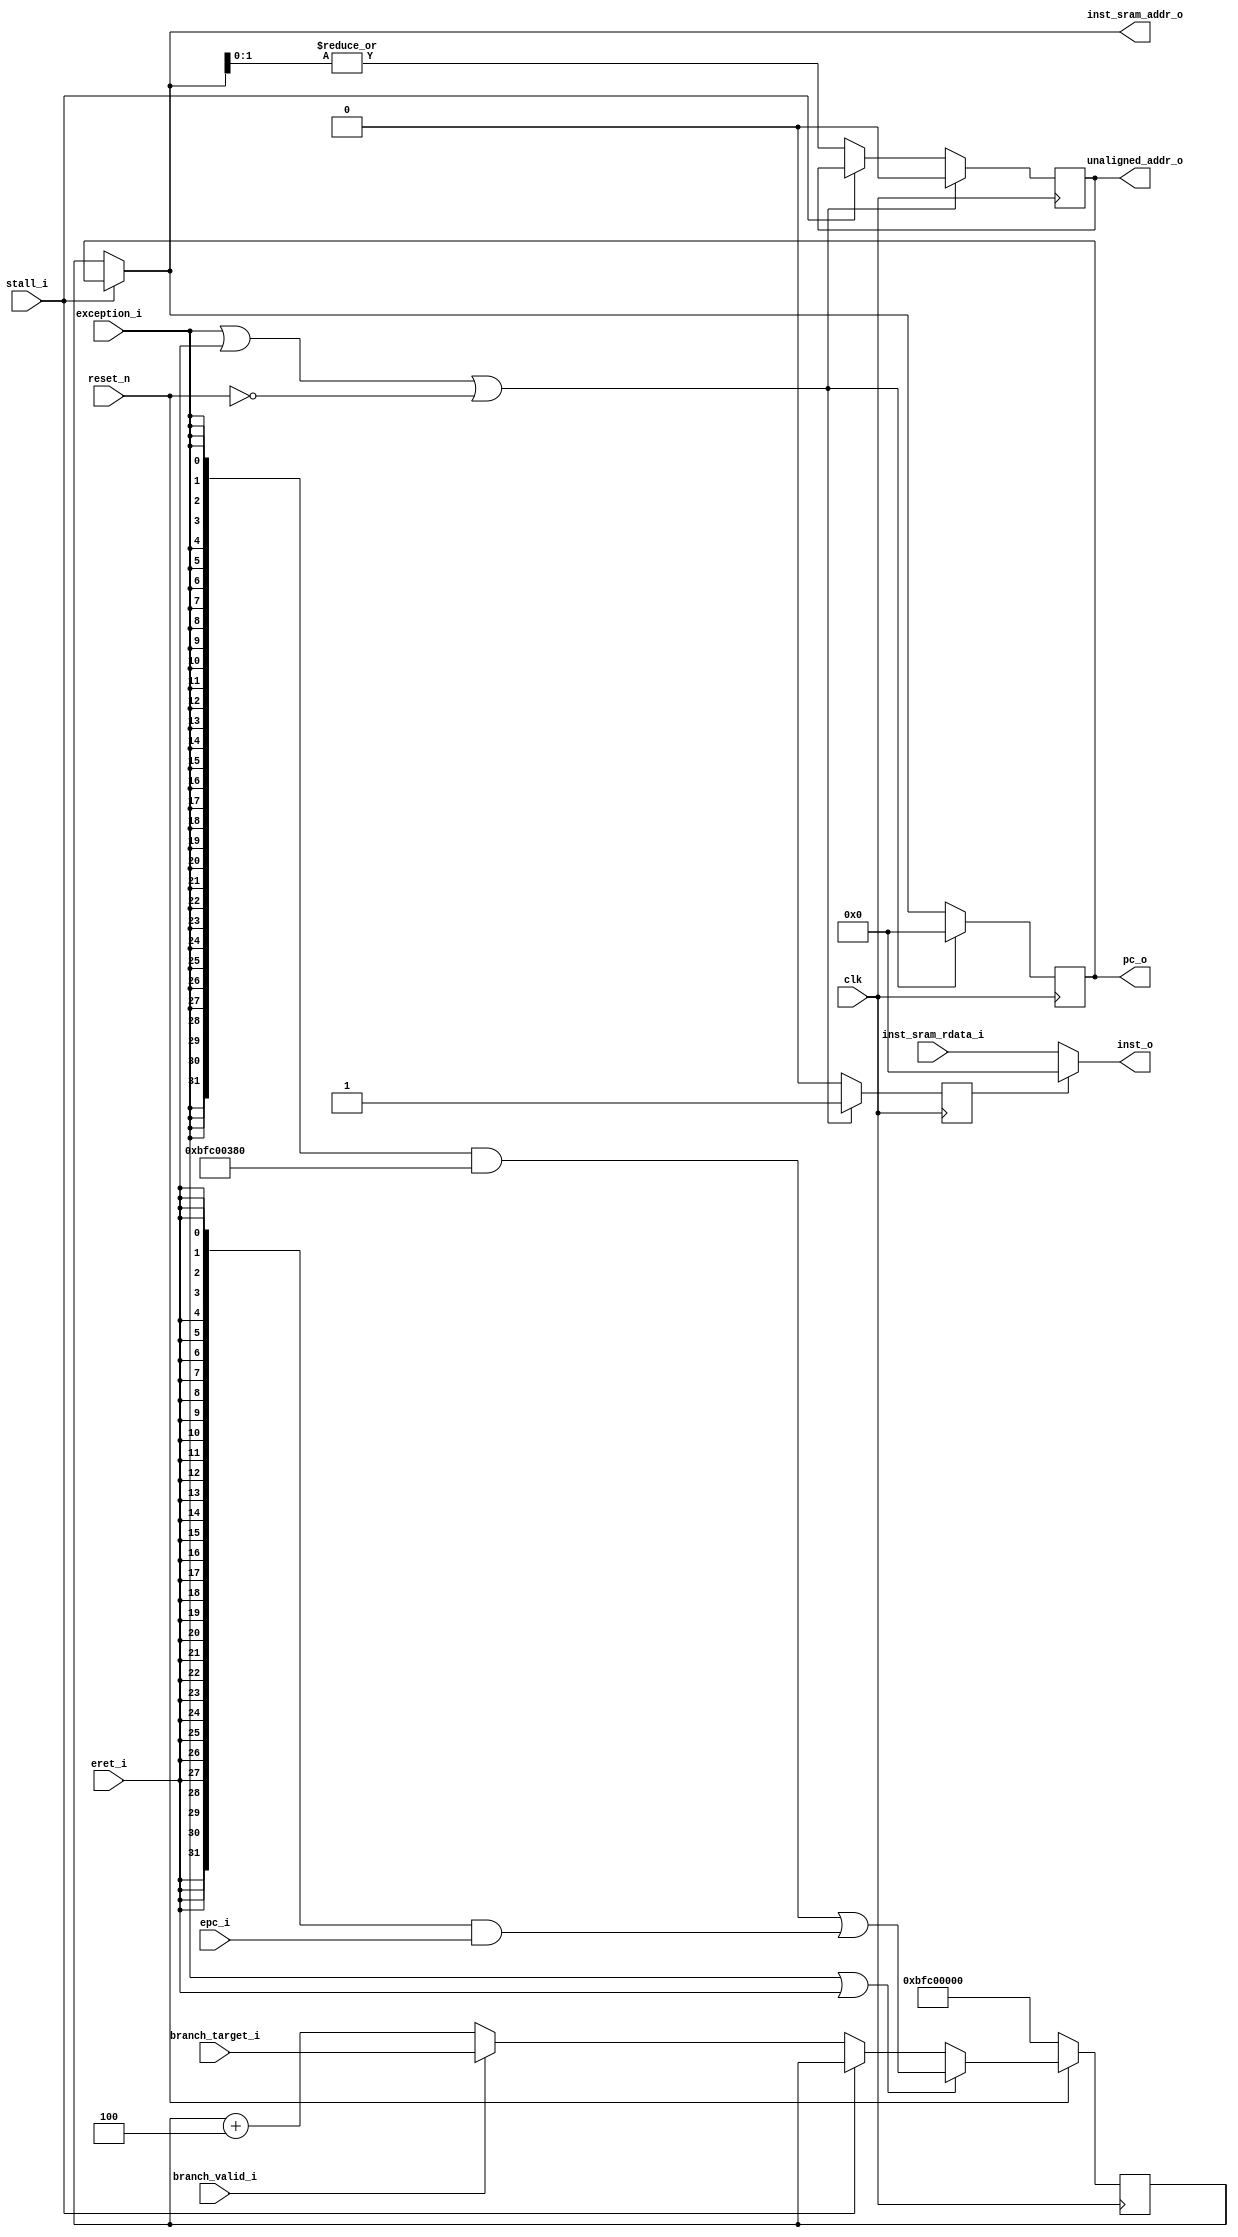
module fairy_fetch_stage(
   input clk,
   input reset_n,
	
	input   [31:0]  inst_sram_rdata_i,
	output  [31:0]  inst_sram_addr_o,	
	output [31:0] inst_o,
	output [31:0] pc_o,
	output unaligned_addr_o,
	
	input exception_i,
	input eret_i,
	input [31:0] epc_i,	
	input [31:0] branch_target_i,
	input branch_valid_i,
	input stall_i
);

// Input

// Output
assign inst_o = bubble ? 0 : inst_sram_rdata_i;
assign inst_sram_addr_o = stall_i ? oldpc : pc;
assign pc_o = oldpc;
assign unaligned_addr_o = unaligned_addr;

// Intermediate
wire clear = exception_i | eret_i | ~reset_n;

reg [31:0] pc;	// program counter
reg bubble;
reg [31:0] oldpc;
reg unaligned_addr;

// unaligned_addr
always @(posedge clk)
begin
	if(clear)
		unaligned_addr <= 0;
	else if(stall_i == 0)
		unaligned_addr <= (|inst_sram_addr_o[1:0]);
end

// oldpc
always @(posedge clk)
begin
	if(clear)
		oldpc <= 0;
	else if(stall_i == 0)
		oldpc <= pc;
end

// pc
always @(posedge clk)
begin
	if(reset_n == 0)
		pc <= 32'hbfc00000;
	else if(exception_i || eret_i)
		pc <= {32{exception_i}} & 32'hbfc00380
			| {32{eret_i}} & epc_i
			;
	else if(stall_i == 0)
		pc <= branch_valid_i ? branch_target_i : (pc+4);
end

// bubble
always @(posedge clk)
begin
	if(clear)
		bubble <= 1;
	else
		bubble <= 0;
end

endmodule